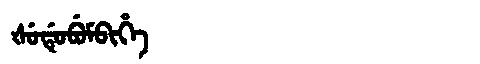
Manchu: ᡧᡠᡩᡠᠪᡠᠮᠪᡳᡥᡝ
Romanization: ŠUDUBUMBIHE